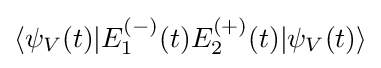
\langle \psi _{V}(t)|E_{1}^{(-)}(t)E_{2}^{(+)}(t)|\psi _{V}(t)\rangle